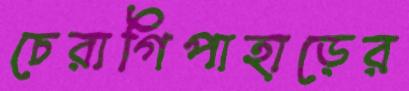
চেরাগিপাহাড়ের